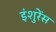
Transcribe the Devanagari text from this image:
इंशुरेंस